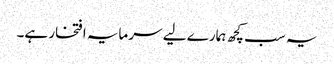
یہ سب کچھ ہمارے لیے سرمایہ افتخار ہے۔